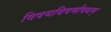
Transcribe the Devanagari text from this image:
विषयविषमौषधम्